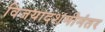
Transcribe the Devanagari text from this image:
विजयादशमीनंतर